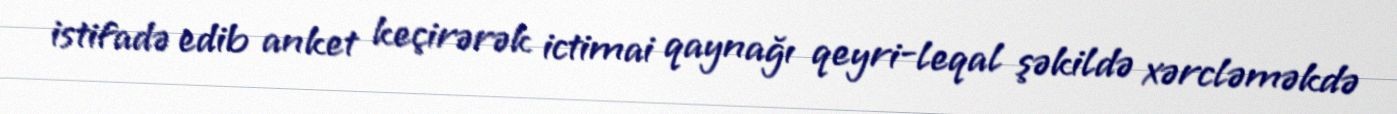
istifadə edib anket keçirərək ictimai qaynağı qeyri-leqal şəkildə xərcləməkdə